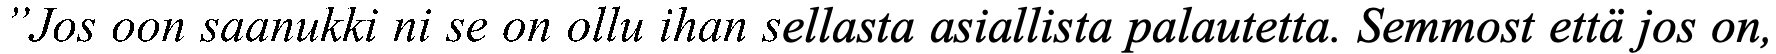
”Jos oon saanukki ni se on ollu ihan sellasta asiallista palautetta. Semmost että jos on,